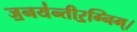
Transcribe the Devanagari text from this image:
ज॒नय॑न्तीर॒ग्निम्।